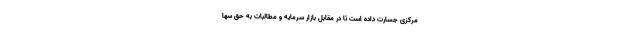
مرکزی جسارت داده است تا در مقابل بازار سرمایه و مطالبات به حق سها